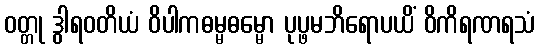
ဝတ္တု ဒွါရဝတိယံ ဝိပါကဓမ္မဓမ္မော ပုပ္ဖမဘိရောပယိံ ဝိကိရဏရသံ